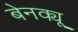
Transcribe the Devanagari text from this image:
बेनक्यू